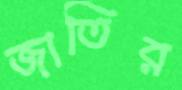
জাতির